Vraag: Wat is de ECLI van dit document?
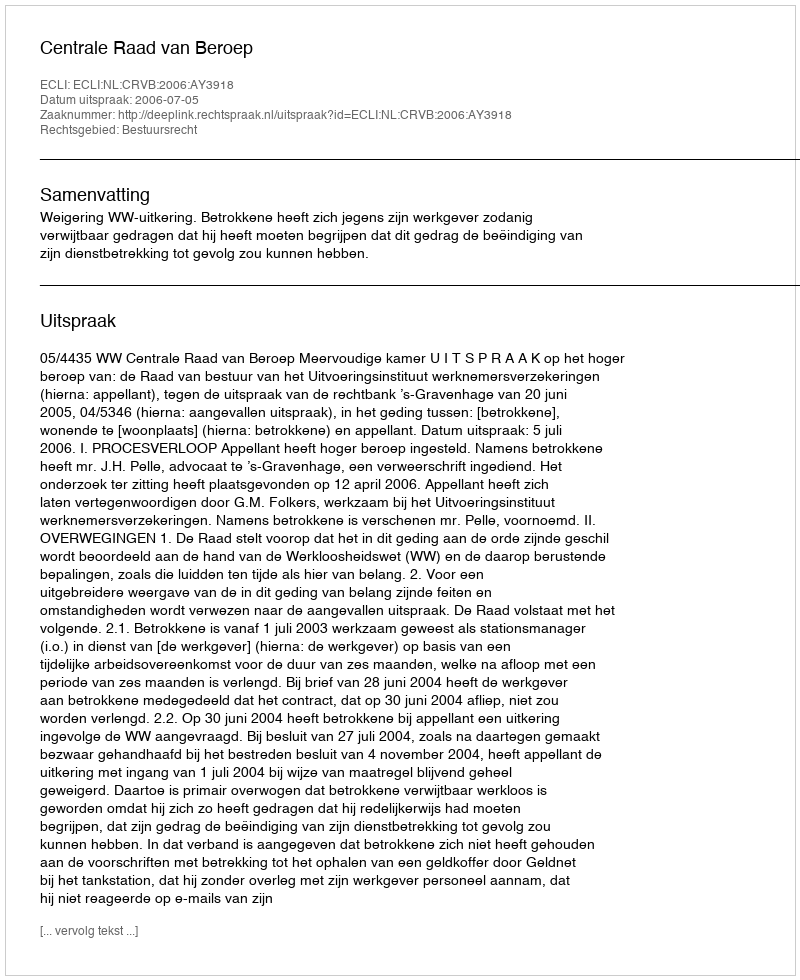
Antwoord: ECLI:NL:CRVB:2006:AY3918